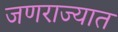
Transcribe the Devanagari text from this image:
जणराज्यात